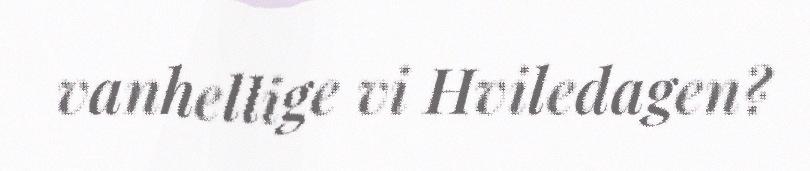
vanhellige vi Hviledagen?